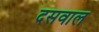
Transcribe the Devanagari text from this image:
दसवाल